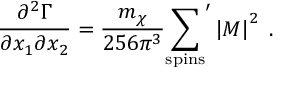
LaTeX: \frac { \partial ^ { 2 } \Gamma } { \partial x _ { 1 } \partial x _ { 2 } } = { \frac { m _ { \chi } } { 2 5 6 \pi ^ { 3 } } } { \sum _ { \mathrm { s p i n s } } } ^ { \prime } \left| { \cal M } \right| ^ { 2 } \; .